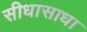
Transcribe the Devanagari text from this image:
सीधासाधा